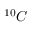
^ { 1 0 } C